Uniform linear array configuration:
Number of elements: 32
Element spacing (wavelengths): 0.25
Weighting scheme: blackman
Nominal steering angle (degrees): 30
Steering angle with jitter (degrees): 28.483
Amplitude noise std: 0.05
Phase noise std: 0.05

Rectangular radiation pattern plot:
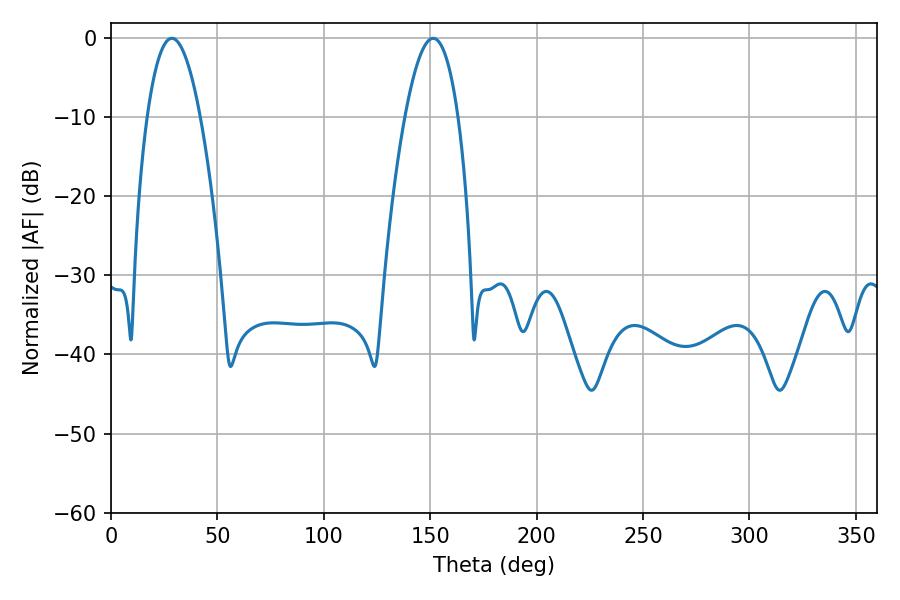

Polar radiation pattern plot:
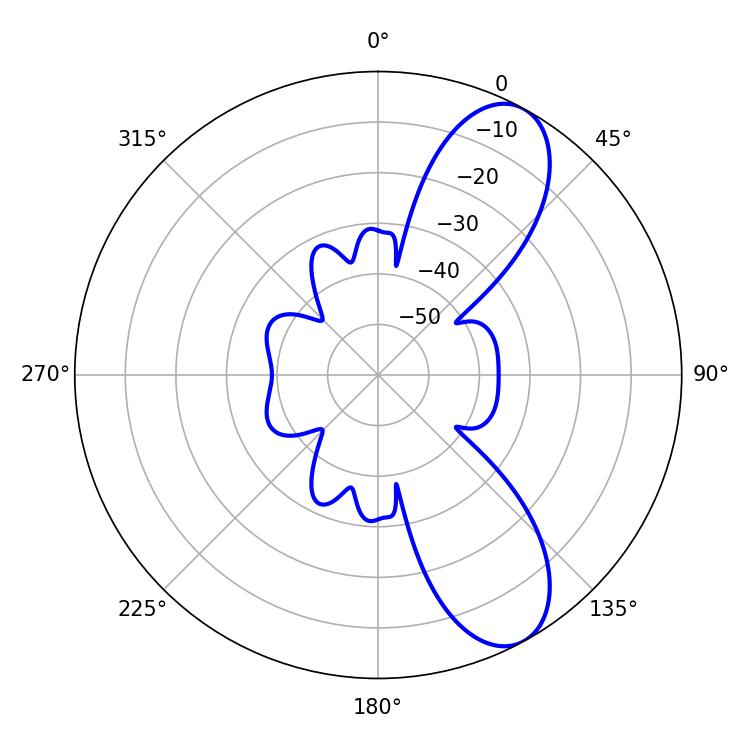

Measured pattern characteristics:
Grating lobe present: FALSE
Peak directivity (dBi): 9.05
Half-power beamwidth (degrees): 13.86
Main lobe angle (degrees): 28.62